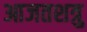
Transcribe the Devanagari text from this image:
आजतशत्रु